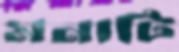
মনাটি